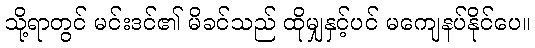
သို့ရာတွင် မင်းဒင်၏ မိခင်သည် ထိုမျှနှင့်ပင် မကျေနပ်နိုင်ပေ။